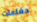
دفاعات